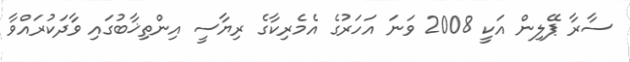
ސާރާ ޕޭލިން އަކީ 2008 ވަނަ އަހަރުގެ އެމެރިކާގެ ރިޔާސީ އިންތިޚާބުގައި ވާދަކުރައްވާ